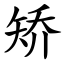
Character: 矫